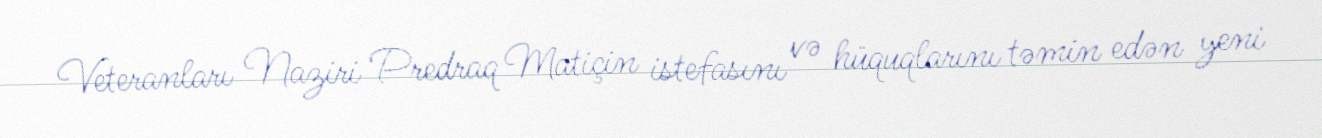
Veteranları Naziri Predraq Matiçin istefasını və hüquqlarını təmin edən yeni